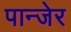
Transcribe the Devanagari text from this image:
पान्जेर